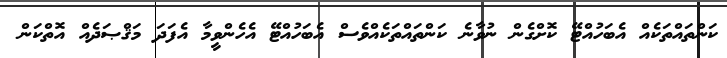
ކަންތައްތަކެއް އެބަހުއްޓޭ ކޮށްގެން ނުވާނެ ކަންތައްތަކެއްވެސް އެބަހުއްޓޭ އެހެންވީމާ އެފަދަ މަޤްޞަދެއް އޮތްކަން